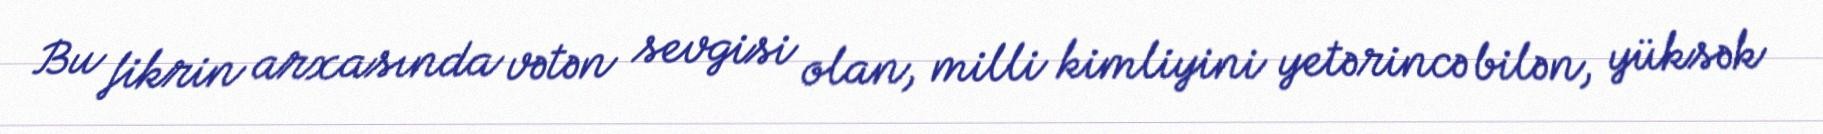
Bu fikrin arxasında vətən sevgisi olan, milli kimliyini yetərincə bilən, yüksək